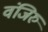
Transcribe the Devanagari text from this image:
वंजिरु